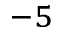
^ { - 5 }